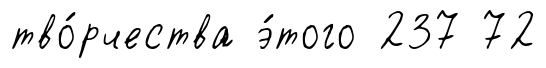
тво́рчества э́того 237 72